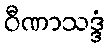
ဝီဏာသဒ္ဒံ